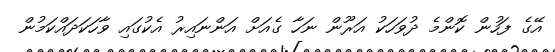
އޭގެ ފަހުން ކޮންމެ ދުވަހަކު އަރޫން ނަހާ ގެއަށް އަންނައިރު އެކުގައި ވާހަކަދައްކަމުން